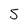
Character: 5